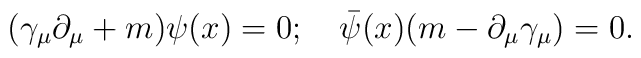
({\gamma}_\mu \partial_\mu + m) \psi(x) = 0; \quad{\bar \psi}(x) (m-\partial_\mu \gamma_\mu) = 0.